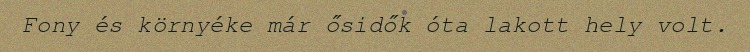
Fony és környéke már ősidők óta lakott hely volt.